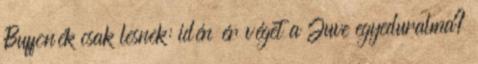
Buffonék csak lesnek: idén ér véget a Juve egyeduralma?